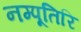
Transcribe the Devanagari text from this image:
नम्पूतिरि